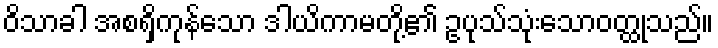
ဝိသာခါ အစရှိကုန်သော ဒါယိကာမတို့၏ ဥပုသ်သုံးသောဝတ္ထုသည်။